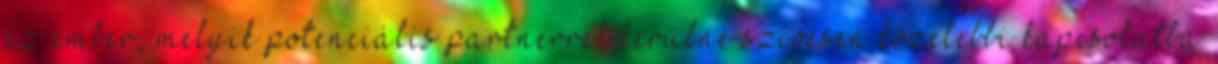
az ember, melyik potenciális partnerrel kerülne szívesen közelebbi kapcsolatba